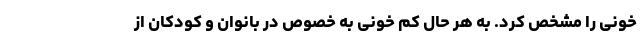
خونی را مشخص کرد. به هر حال کم خونی به خصوص در بانوان و کودکان از